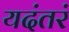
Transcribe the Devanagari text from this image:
यदंतरं